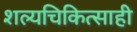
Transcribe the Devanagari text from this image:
शल्यचिकित्साही